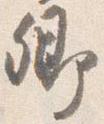
卿